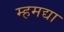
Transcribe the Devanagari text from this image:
म्हमद्या